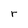
Character: r